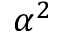
\alpha ^ { 2 }